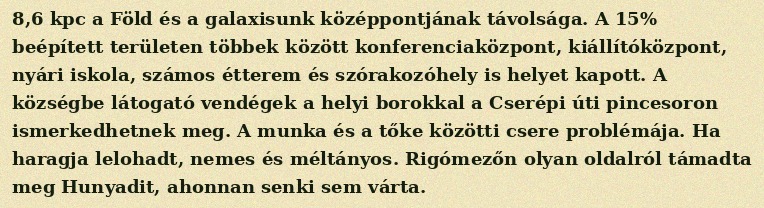
8,6 kpc a Föld és a galaxisunk középpontjának távolsága. A 15% beépített területen többek között konferenciaközpont, kiállítóközpont, nyári iskola, számos étterem és szórakozóhely is helyet kapott. A községbe látogató vendégek a helyi borokkal a Cserépi úti pincesoron ismerkedhetnek meg. A munka és a tőke közötti csere problémája. Ha haragja lelohadt, nemes és méltányos. Rigómezőn olyan oldalról támadta meg Hunyadit, ahonnan senki sem várta.